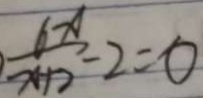
\frac { 6 x } { x - 1 7 } - 2 = 0